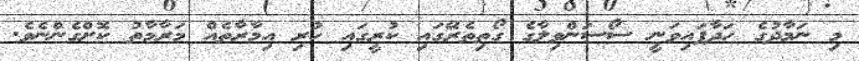
މި ނަމާދުގެ ހަދާފައިވަނީ ސޯސަންވިލާގެ ގޯތިތެރޭގައި ކުރީގައި ހުރި އިމާރާތެއް މަރާމާތު ކޮށްގެންނެވެ.